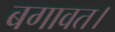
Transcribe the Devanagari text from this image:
बगावत।